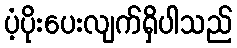
ပံ့ပိုးပေးလျက်ရှိပါသည်